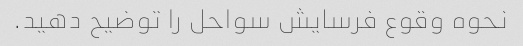
نحوه وقوع فرسایش سواحل را توضیح دهید.